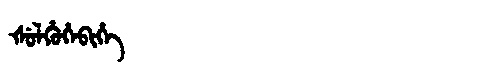
Manchu: ᡧᡠᠯᡥᡠᡥᡝᠪᡳᡥᡝ
Romanization: ŠULHUHEBIHE